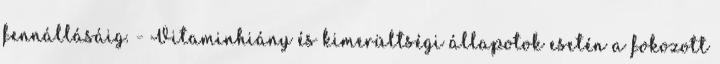
fennállásáig. - Vitaminhiány és kimerültségi állapotok esetén a fokozott